Causation and prevention of malarial fevers: a statement of the results of researches drawn up for the use of assistant surgeons, hospital assistants and students
Disease focus: Malaria
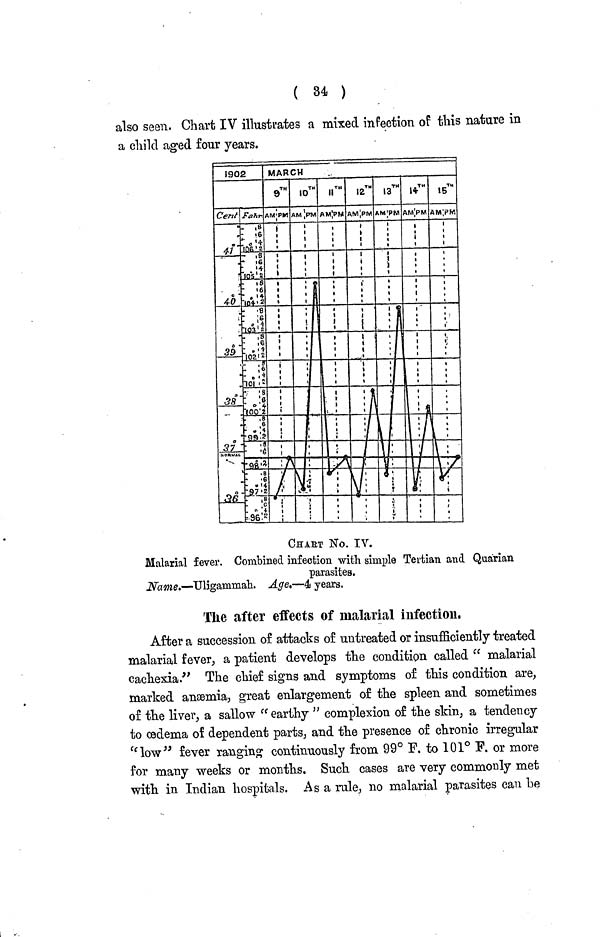
( 34 )
also seen. Chart IV illustrates a mixed infection of this nature in
a child aged four years.
CHArT No. IV.
Malarial fever. Combined infection with simple Tertian and Quarian
parasites.
Name.—Uligammah. Age.—4 years.
The after effects of malarial infection,
After a succession of attacks of untreated or insufficiently treated
malarial fever, a patient develops the condition called "malarial
cachexia." The chief signs and symptoms of this condition are,
marked anaemia, great enlargement of the spleen and sometimes
of the liver, a sallow "earthy" complexion of the skin, a tendency
to œadema of dependent parts, and the presence of chronic irregular
"low" fever ranging continuously from 99° F. to 101° F. or more
for many weeks or months. Such cases are very commonly met
with in Indian hospitals. As a rule, no malarial parasites can be